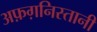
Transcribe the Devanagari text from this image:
अफ़ग़निस्तानी